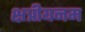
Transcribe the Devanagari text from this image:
क्षत्रीयनम